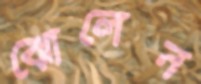
ঝোলেন